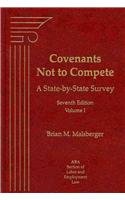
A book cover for Covenants Not to Compete: A State-by-state Survey, 3 Volume Set; Brian M. Malsberger; Law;